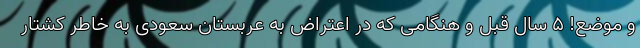
و موضع! 5 سال قبل و هنگامی که در اعتراض به عربستان سعودی به خاطر کشتار